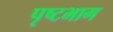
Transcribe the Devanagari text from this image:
पृष्टभाग